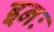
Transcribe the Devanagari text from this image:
इनः